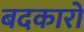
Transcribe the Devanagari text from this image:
बदकारों